Insane asylums in Bengal annual reports 1867-1875 - 1867-1875
Year: 1867
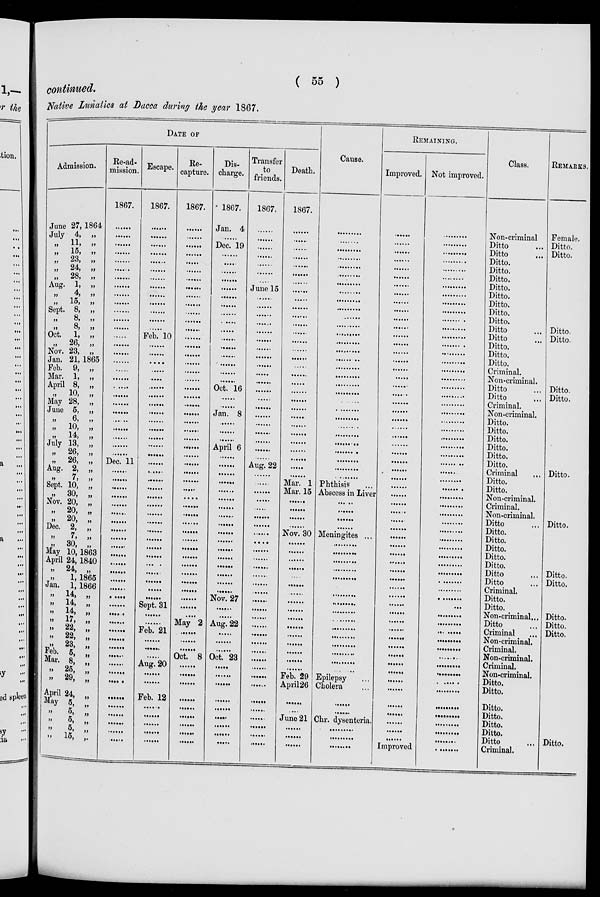
( 55 )
continued.
Native Lunatics at Dacca during the year 1867.
DATE OF
Admission.
June 27, 1864
July 4, „
„ 11, „
„ 15, „
„ 23, „
„ 24, „
„ 28, „
Aug. 1, „
„
4, „
„ 15, „
Sept. 8, „
„
8, „
„
8, „
Oct. 1, „
„ 26, „
Nov. 23, „
Jan. 21, 1865
Feb. 9, „
Mar. 1, „
April 8, „
„
10, „
May 28, „
June 5, „
„
6, „
„ 10, „
„
14, „
July 13, „
„ 26, „
„ 26, „
Aug. 2, „
„ 7, „
Sept. 10, „
„ 30, „
Nov. 20, „
„ 20, „
„ 20, „
Dec. 2, „
„ 7, „
„
30, „
May 10, 1863
April 24, 1840
„ 24, „
1, 1865
Jan. 1, 1866
„ 14, „
„ 14, „
„ 14, „
„
17, „
„ 22, „
„
22, „
„
23, „
Feb. 5, „
Mar. 8, „
„ 25, „
„ 29, „
April 24, „
May 5, „
„
5, „
„
5,
„
„
5, „
„ 15, „
Re-ad-
mission.
1867.
......
......
......
......
......
......
......
......
......
......
......
......
......
......
......
......
......
......
......
......
......
......
......
......
......
Dec. 11
......
......
......
......
......
......
......
......
......
......
......
......
......
......
......
......
......
......
......
......
......
......
......
......
......
......
......
......
......
......
......
......
Escape.
1867.
......
......
......
......
......
......
......
......
......
......
......
......
......
Feb. 10
......
......
......
......
......
......
......
......
......
......
......
......
......
......
......
......
......
......
......
......
......
......
......
......
......
......
......
......
......
......
......
Sept. 31
......
......
Feb. 21
......
......
......
Aug. 20
......
......
Feb. 12
......
......
......
......
......
Re-
capture.
1867.
......
......
......
......
......
......
......
......
......
......
......
......
......
......
......
......
......
......
......
......
......
......
......
......
......
......
......
......
......
......
......
......
......
......
......
......
......
......
......
......
......
......
......
......
......
......
......
May 2
......
......
......
Oct. 8
......
......
......
......
......
......
......
......
......
Dis-
charge.
1867.
Jan. 4
......
Dec. 19
......
......
......
......
......
......
......
......
......
......
......
......
......
......
......
Oct. 16
......
......
Jan. 8
......
......
......
April 6
......
......
......
......
......
......
......
......
......
......
......
......
......
......
......
......
......
Nov. 27
......
......
Aug. 22
......
......
......
Oct. 23
......
......
......
......
......
......
......
......
......
Transfer
to
friends.
1867.
......
......
......
......
......
......
......
June 15
......
......
......
......
......
......
......
......
......
......
......
......
......
......
......
......
......
......
......
Aug. 22
......
......
......
......
......
......
......
......
......
......
......
......
......
......
......
......
......
......
......
......
......
......
......
......
......
......
......
......
......
......
......
......
Death.
1867.
......
......
......
......
......
......
......
......
......
......
......
......
......
......
......
......
......
......
......
......
......
......
......
......
......
......
......
......
......
Mar. 1
Mar. 15
......
......
......
......
Nov. 30
......
......
......
......
......
......
......
......
......
......
......
......
......
......
......
......
Feb. 29
April 26
......
......
June 21
......
......
......
Cause.
.........
.........
.........
.........
.........
.........
.........
.........
.........
.........
.........
.........
.........
.........
.........
.........
.........
.........
.........
.........
.........
.........
.........
.........
.........
.........
.........
.........
.........
.........
Phthisis ...
Abscess in Liver
.........
.........
.........
.........
Meningites ...
.........
.........
.........
.........
.........
.........
.........
.........
.........
.........
.........
.........
.........
.........
.........
.........
Epilepsy
Cholera
.........
.........
Chr. dysenteria.
.........
.........
.........
REMAINING.
Improved.
......
......
......
......
......
......
......
......
......
......
......
......
......
......
......
......
......
......
......
.....
......
......
......
......
......
......
......
......
......
......
......
......
......
......
......
......
......
......
......
......
......
......
......
......
......
......
......
......
......
......
......
......
......
......
......
......
......
......
......
......
Improved
Not improved.
.........
.........
.........
.........
.........
.........
.........
.........
.........
.........
.........
.........
.........
.........
.........
.........
.........
.........
.........
.........
.........
.........
.........
.........
.........
.........
.........
.........
.........
.........
.........
.........
.........
.........
.........
.........
.........
.........
.........
.........
.........
.........
.........
.........
.........
.........
.........
.........
.........
.........
.........
.........
.........
.........
.........
.........
.........
.........
.........
.........
.........
Class.
Non-criminal
Ditto ...
Ditto
...
Ditto.
Ditto.
Ditto.
Ditto.
Ditto.
Ditto.
Ditto.
Ditto.
Ditto ...
Ditto ...
Ditto.
Ditto.
Ditto.
Criminal.
Non-criminal.
Ditto ...
Ditto ...
Criminal.
Non-criminal.
Ditto.
Ditto.
Ditto.
Ditto.
Ditto.
Ditto.
Criminal
...
Ditto.
Ditto.
Non-criminal.
Criminal.
Non-criminal
Ditto ...
Ditto.
Ditto.
Ditto.
Ditto.
Ditto.
Ditto ...
Ditto ...
Criminal.
Ditto.
Ditto.
Non-criminal ...
Ditto ...
Criminal ...
Non-criminal.
Criminal.
Non-criminal.
Criminal.
Non-criminal.
Ditto.
Ditto.
Ditto.
Ditto.
Ditto.
Ditto.
Ditto ...
Criminal.
REMARKS.
Female.
Ditto.
Ditto.
Ditto.
Ditto.
Ditto.
Ditto.
Ditto.
Ditto.
Ditto.
Ditto.
Ditto.
Ditto.
Ditto.
Ditto.